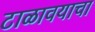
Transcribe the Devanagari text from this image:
टाळावयाचा